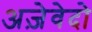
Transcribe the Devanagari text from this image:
अज़ेवेदो